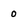
Character: 0